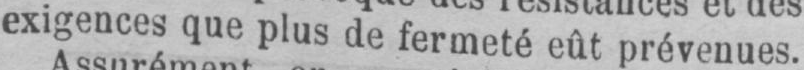
exigences que plus de fermeté eût prévenues